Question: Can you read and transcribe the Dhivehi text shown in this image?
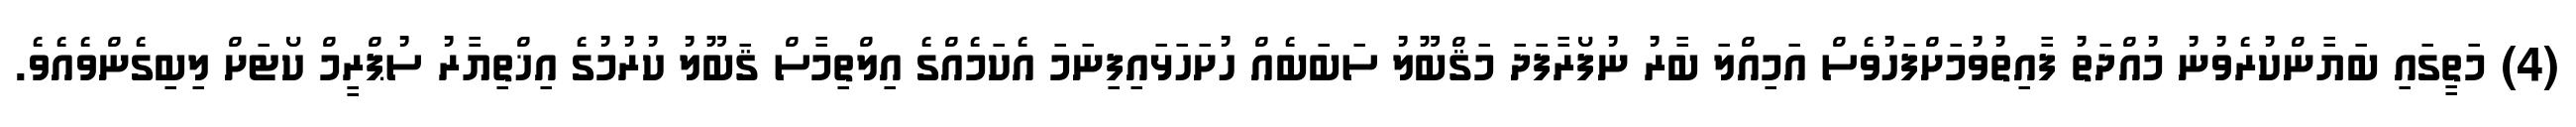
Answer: (4) މަތީގައި ބަޔާންކުރެވުނު މުއްދަތު ފާއިތުވުމަށްފަހުވެސް އަމިއްލަ ބާރު ނުފޯރާފަދަ މަޤްބޫލު ސަބަބެއް ހުށަހަޅައިފިނަމަ އެކަމެއްގެ އިލްތިމާސް ޤަބޫލު ކުރުމުގެ އިޚްތިޔާރު ސުޕްރީމް ކޯޓަށް ލިބިގެންވެއެވެ.